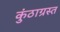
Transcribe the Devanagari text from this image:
कुंठाग्रस्त